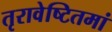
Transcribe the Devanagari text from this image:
तृरावेष्टितमां